Vaccine operations Central Provinces 1868-1885 - 1868-1885
Year: 1868
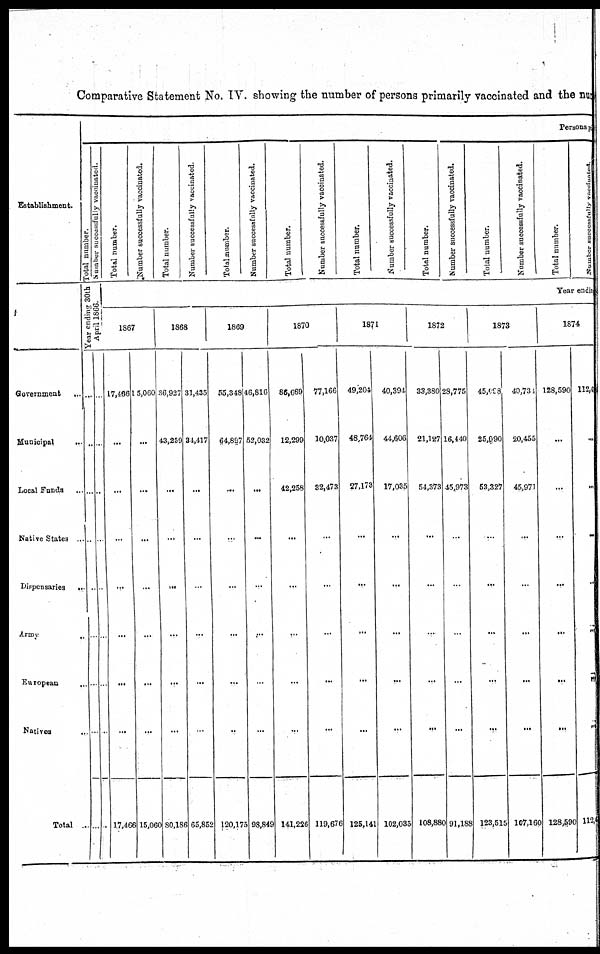
Comparative Statement No. IV. showing the number of persons primarily vaccinated and the num
Establishment.
Government
...
Municipal...
...
Local Funds...
Native States ..
Dispensaries... ...
Army..
European...
Natives...
Total... ...
Persons
Total
number.
Number successfully vaccinated.
Year ending 30th
April 1886.
...
...
...
...
...
...
...
...
...
...
...
...
...
...
...
...
...
...
Total number.
Number successfully vaccinated.
Total number.
Number successfully vaccinated.
Total number.
Number successfully vaccinated.
Total number.
Number successfully vaccinated.
Total number.
Number successfully vaccinated.
Total number.
Number successfully vaccinated.
Total number.
Number successfully vaccinated.
Total number.
Number successfully vaccinated.
Year endin
1867
17,466
...
...
...
...
...
...
...
17,466
15,060
...
...
...
...
...
...
...
15,060
1868
36,927
43,259
...
...
...
...
...
...
80,186
31,435
34,417
...
...
...
...
...
...
65,852
1869
55,348
64,837
...
...
...
...
...
...
120,175
46,816
52,032
...
...
...
...
...
...
98,849
1870
86,669
12,299
42,258
...
...
...
...
...
141,226
77,166
10,037
32,473
...
...
...
...
...
119,676
1871
49,204
48,764
27,173
...
...
...
...
...
125,141
40,394
44,606
17,035
...
...
...
...
...
102,035
1872
33,380
21,127
54,373
...
...
...
...
...
108,880
28,775
16,440
45,973
...
...
...
...
...
91,188
1873
45,098
25,090
53,327
...
...
...
...
...
123,515
40,734
20,455
45,971
...
...
...
...
...
107,160
1874
128,590
...
...
...
...
...
...
...
128,590
112,4
...
...
...
...
...
...
...
112